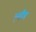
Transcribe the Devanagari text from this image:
ह्बीब